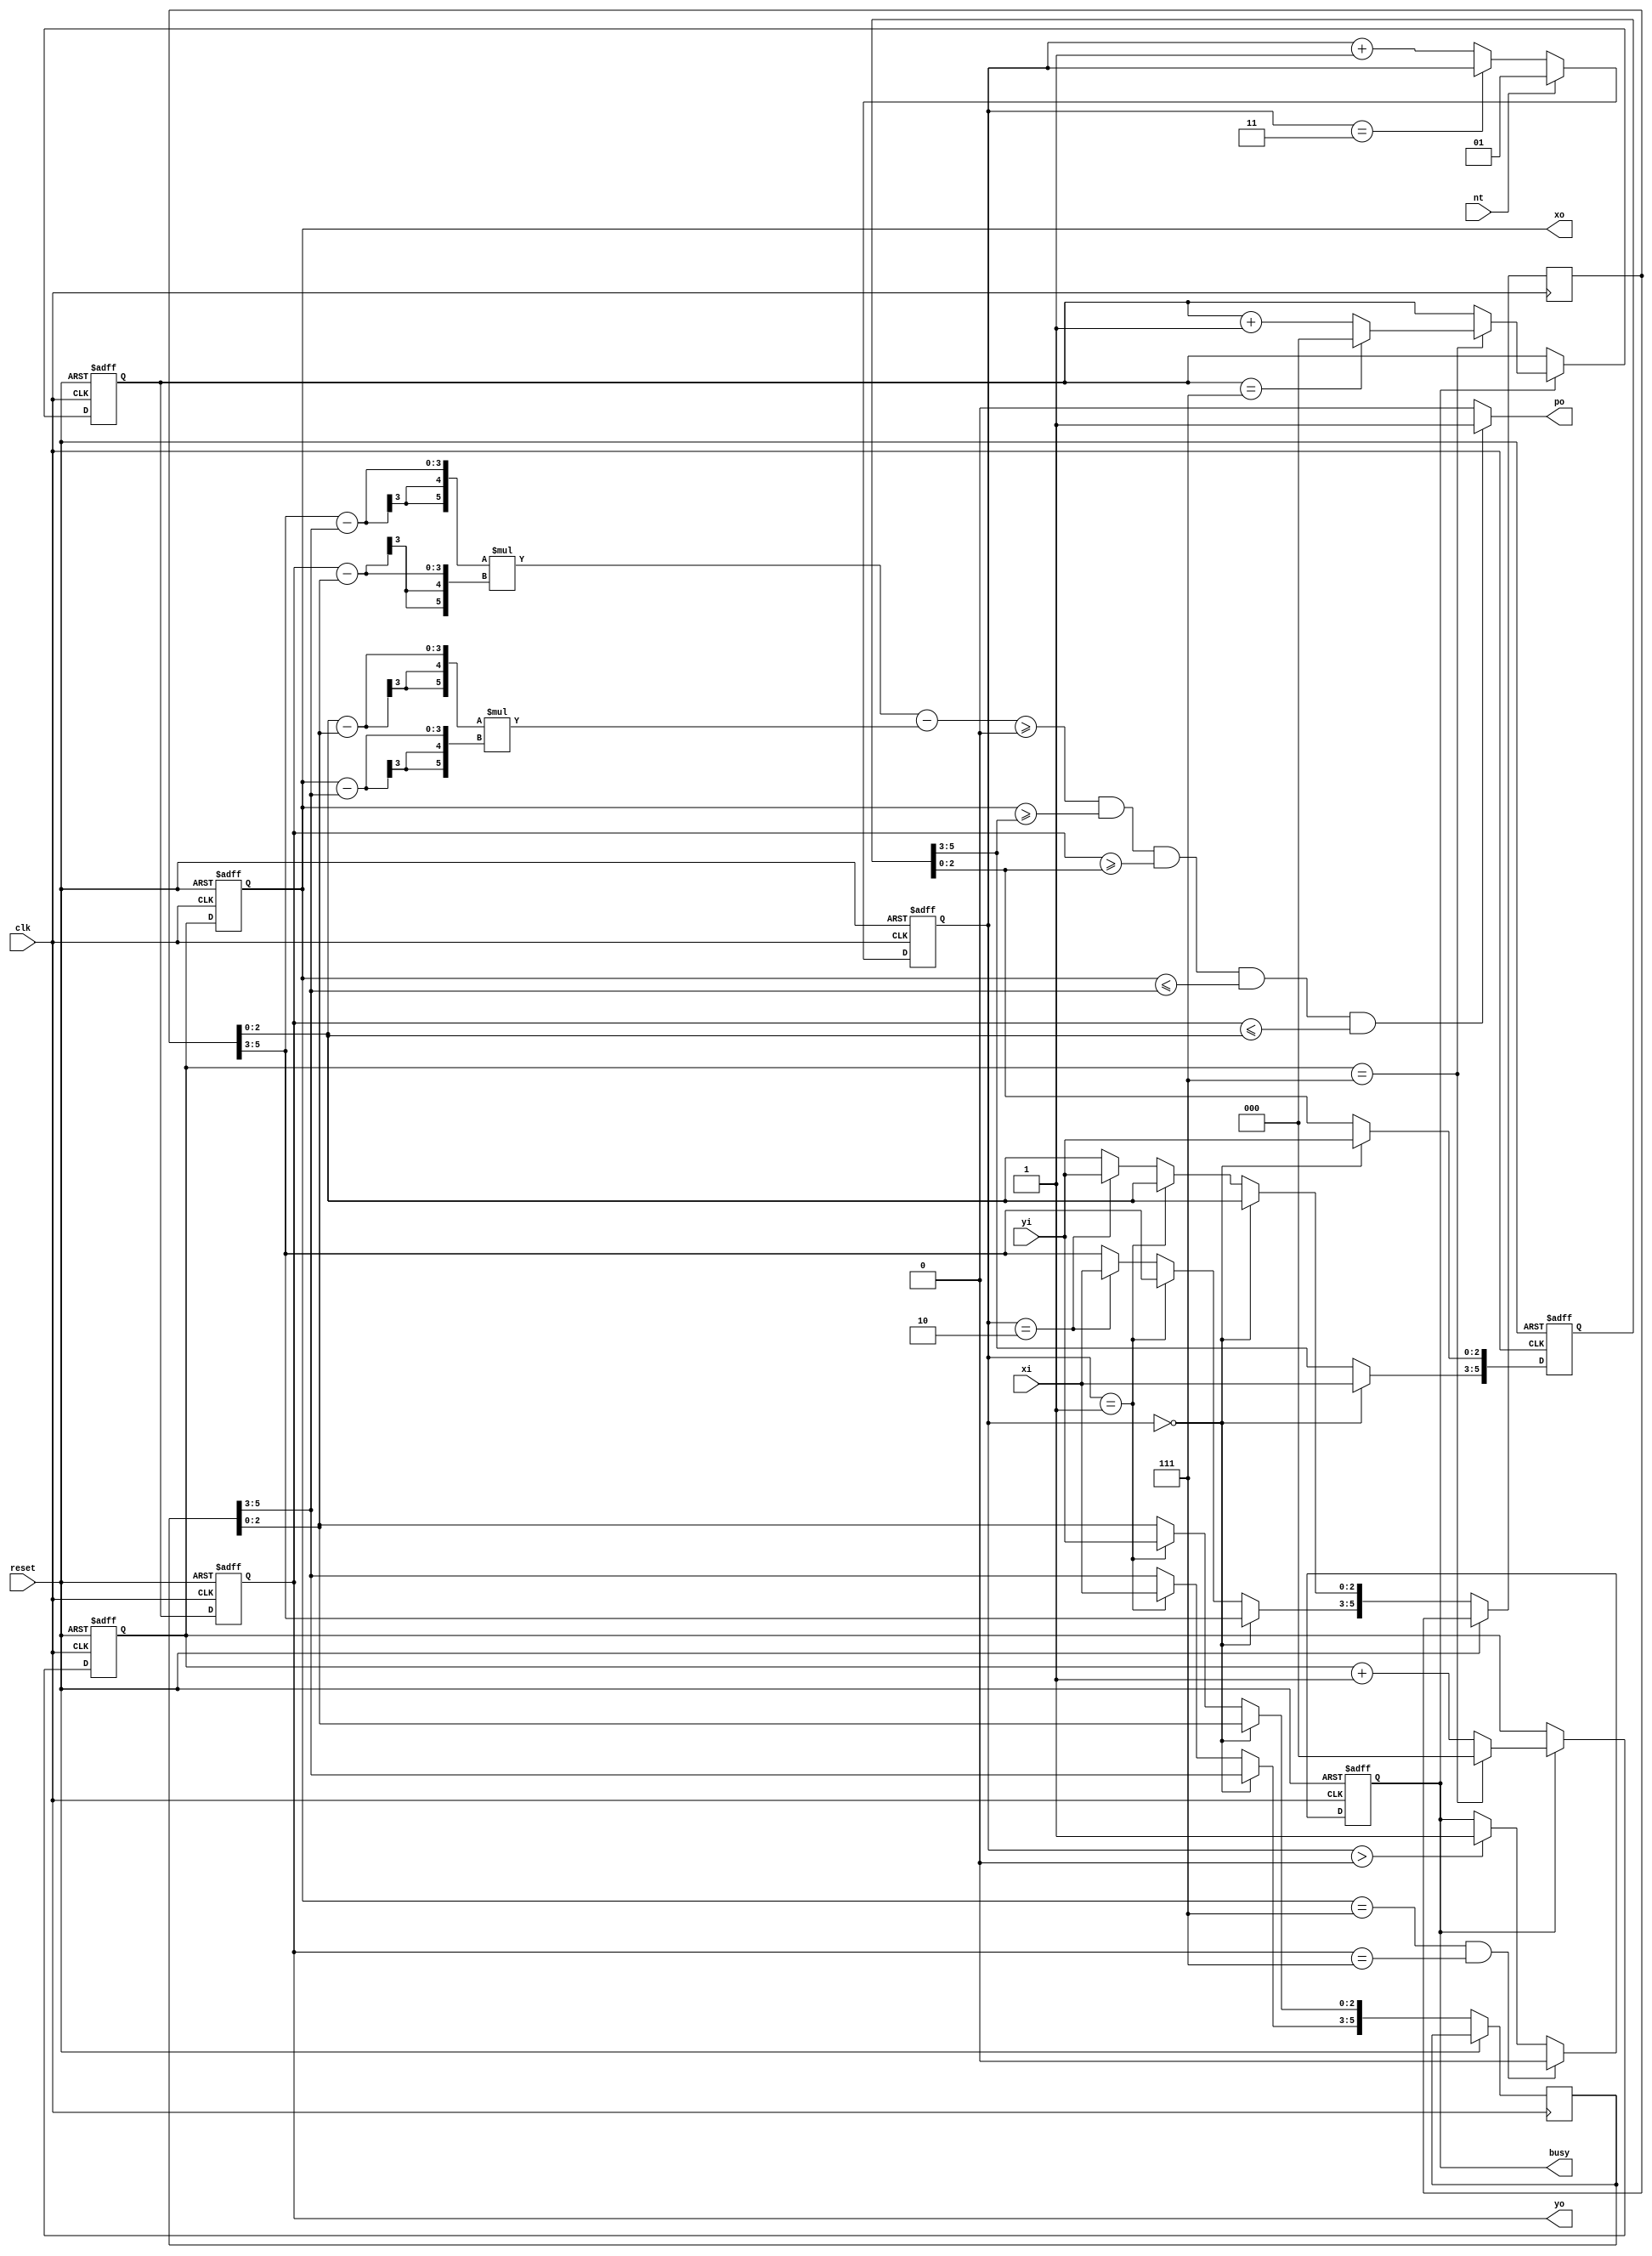
module triangle (clk, reset, nt, xi, yi, busy, po, xo, yo);

input clk, reset, nt;
input [2:0] xi, yi;

output reg busy, po;
output reg [2:0] xo, yo;

reg [5:0] co1, co2, co3;

reg [1:0] in_counter;
reg [5:0] out_counter;


reg en_in;  

reg [2:0]x_cnter, y_cnter; 

wire signed [2:0] d_x, d_y;
wire signed [2:0]xx, yy;

assign d_x = co3[5:3]-co2[5:3];
assign d_y = co3[2:0]-co2[2:0];
assign xx = co3[5:3]-xo;
assign yy = co3[2:0]-yo;

wire signed  [5:0] gg;


assign gg = ((co3[5:3]-co2[5:3])*(yo-co2[2:0])) - ((co3[2:0]-co2[2:0])*(xo-co2[5:3])) ;
wire if_gg;
assign if_gg = gg >=0;
always@(posedge clk or posedge reset)begin

	if(reset)
		in_counter <= 2'b00;
	else if(nt)
		in_counter <= 2'b01;
	else 
		in_counter <= (in_counter==2'b11)? in_counter : in_counter +1;
end

always@(posedge clk or posedge reset)begin
	if(reset)
		co1 <= 6'bxxxxxx;
		
	else if(in_counter == 2'b00)begin
		co1[5:3] <= xi;
		co1[2:0] <= yi;
	end
	
	else if(in_counter == 2'b01)begin
		co2[5:3] <= xi;
		co2[2:0] <= yi;
	end
	
	else if(in_counter == 2'b10)begin
		co3[5:3] <= xi;
		co3[2:0] <= yi;
	end
	
end


always@(posedge clk or posedge reset)begin
	
	if(reset)
		busy <= 1'b0;
	
	else if(xo==3'b111 && yo==3'b111)
		busy <= 1'b0;	
	else if(in_counter>2'b00)
		busy <= 1'b1;
	
end

always@(posedge clk or posedge reset)begin
	if(reset)
		x_cnter <= 3'b000;
	else if(busy)begin
		x_cnter <= (x_cnter == 3'b111) ? 3'b000 : x_cnter +1;
	end
end

always@(posedge clk or posedge reset)begin
	if(reset)
		y_cnter <= 3'b000;
	else if(busy)begin
		if(x_cnter == 3'b111)
			y_cnter <= (y_cnter == 3'b111) ? 3'b000 : y_cnter +1;
	end
end

always@(posedge clk or posedge reset)begin
	if(reset)
		xo <= 3'bxxx;
	else 
		xo <= x_cnter;
end	

always@(posedge clk or posedge reset)begin
	if(reset)
		yo <= 3'bxxx;
	else 
		yo <= y_cnter;
end	

always@(*)begin
	if( if_gg && xo>=co1[5:3] && yo>=co1[2:0] && xo<=co2[5:3] && yo <= co3[2:0])
		po <= 1'b1;
	else 
		po <= 1'b0;	
	
end


////

endmodule